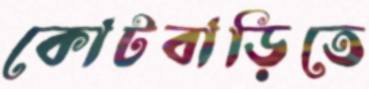
কোটবাড়িতে